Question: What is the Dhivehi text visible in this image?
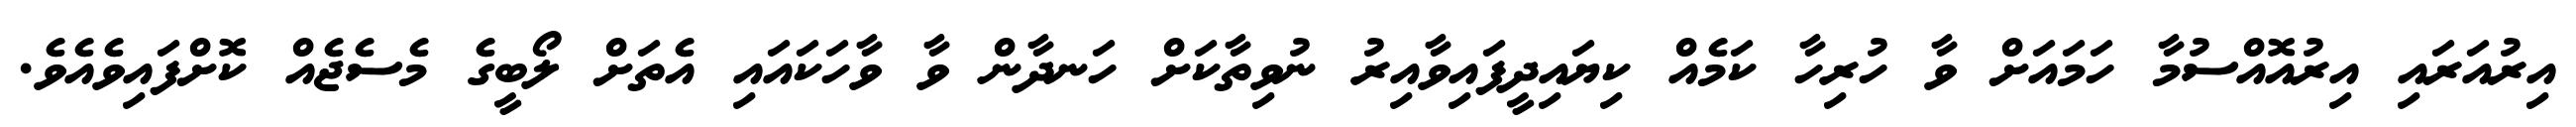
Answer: އިރުއަރައި އިރުއޮއްސުމާ ހަމައަށް ވާ ހުރިހާ ކަމެއް ކިޔައިދީފައިވާއިރު ނުވިތާކަށް ހަނދާން ވާ ވާހަކައައި އެތަށް ލޯބީގެ މެސެޖެއް ކޮށްފައިވެއެވެ.